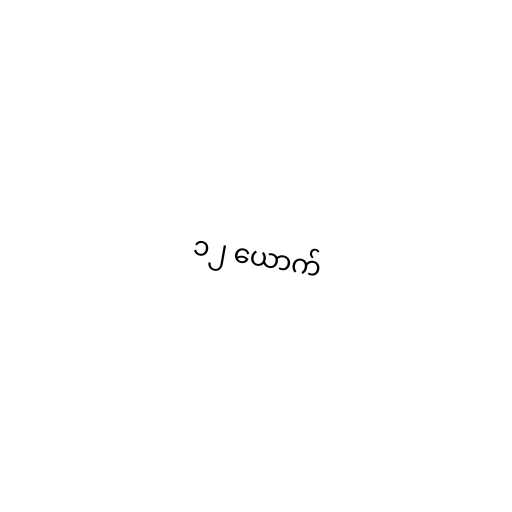
၁၂ ယောက်